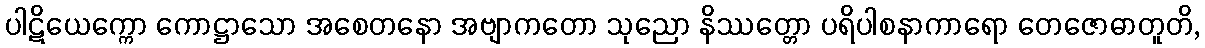
ပါဋိယေက္ကော ကောဋ္ဌာသော အစေတနော အဗျာကတော သုညော နိဿတ္တော ပရိပါစနာကာရော တေဇောဓာတူတိ,